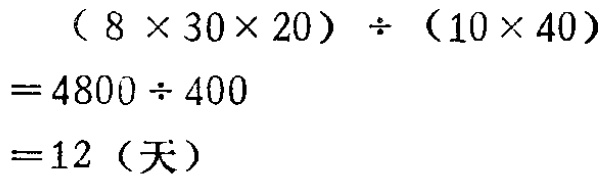
\[
\begin{align*}
&(8\times30\times20)\div(10\times40)\\
=&4800\div400\\
=&12 (\text{天})
\end{align*}
\]